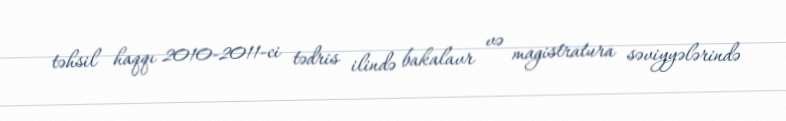
təhsil haqqı 2010-2011-ci tədris ilində bakalavr və magistratura səviyyələrində